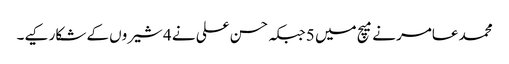
محمد عامر نے میچ میں 5 جبکہ حسن علی نے 4 شیروں کے شکار کیے۔